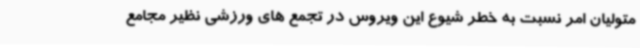
متولیان امر نسبت به خطر شیوع این ویروس در تجمع های ورزشی نظیر مجامع